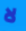
لا